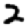
Digit: 2